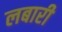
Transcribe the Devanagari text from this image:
लबारी